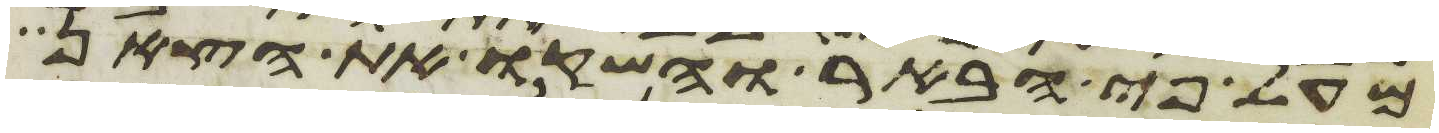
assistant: מעל פי הבאר והשקו את הצאן